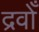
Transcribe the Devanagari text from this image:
द्रवोँ